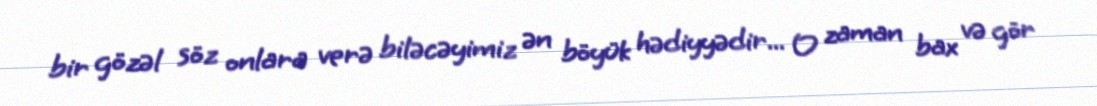
bir gözəl söz onlara verə biləcəyimiz ən böyük hədiyyədir... O zaman bax və gör